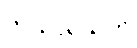
ကုသလသုတ်